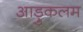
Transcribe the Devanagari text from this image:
आड़ुकलम